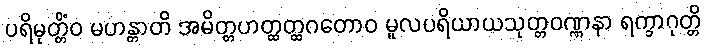
ပရိမုတ္တိံဝ မဟန္တာတိ အမိတ္တဟတ္ထတ္ထဂတောဝ မူလပရိယာယသုတ္တဝဏ္ဏနာ ရက္ခာဂုတ္တိ